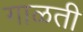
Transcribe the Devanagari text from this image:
गाळती